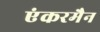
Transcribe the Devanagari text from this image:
एंकरमैन